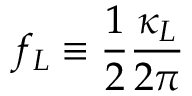
f _ { L } \equiv \frac { 1 } { 2 } \frac { \kappa _ { L } } { 2 \pi }